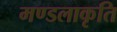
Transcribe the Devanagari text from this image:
मण्डलाकृति